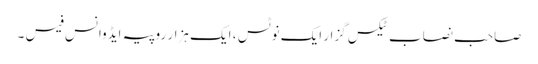
صاحب نصاب ٹیکس گزار ایک نوٹس ، ایک ہزار روپیہ ایڈوانس فیس ۔